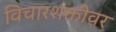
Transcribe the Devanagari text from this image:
विचारशक्तीवर